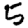
Digit: 5